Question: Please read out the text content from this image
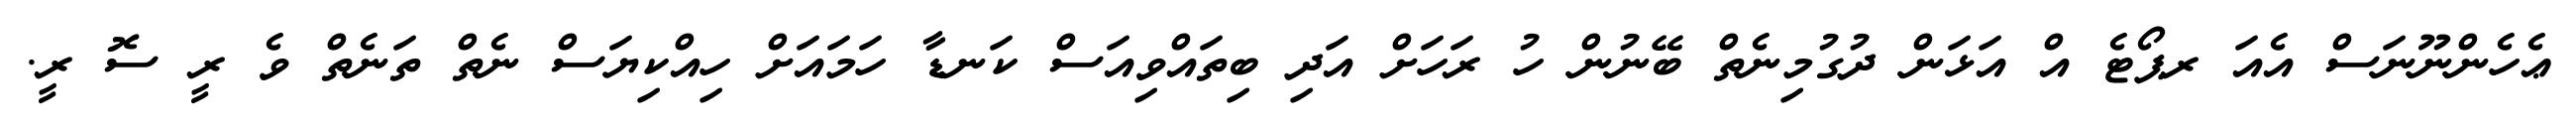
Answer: ޢެހެންނޫނަސް އެއަ ރޕޯޓެ އް އަޅަން ދުގުމިނެތް ބޭނުން ހު ރަހަށް އަދި ބިތައްވިއަސް ކަނޑާ ހަމައަށް ހިއްކިޔަސް ނެތް ތަނެތް ވެ ރީ ސޮ ރީ.